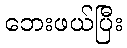
ဘေးဖယ်ပြီး